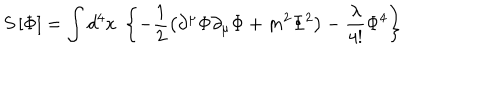
S \left[ \Phi \right] = \int d ^ { 4 } x \; \left\{ - \frac { 1 } { 2 } \left( \partial ^ { \mu } \Phi \partial _ { \mu } \Phi + m ^ { 2 } \Phi ^ { 2 } \right) - \frac \lambda { 4 ! } \Phi ^ { 4 } \right\}